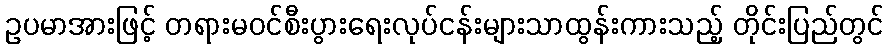
ဥပမာအားဖြင့် တရားမဝင်စီးပွားရေးလုပ်ငန်းများသာထွန်းကားသည့် တိုင်းပြည်တွင်